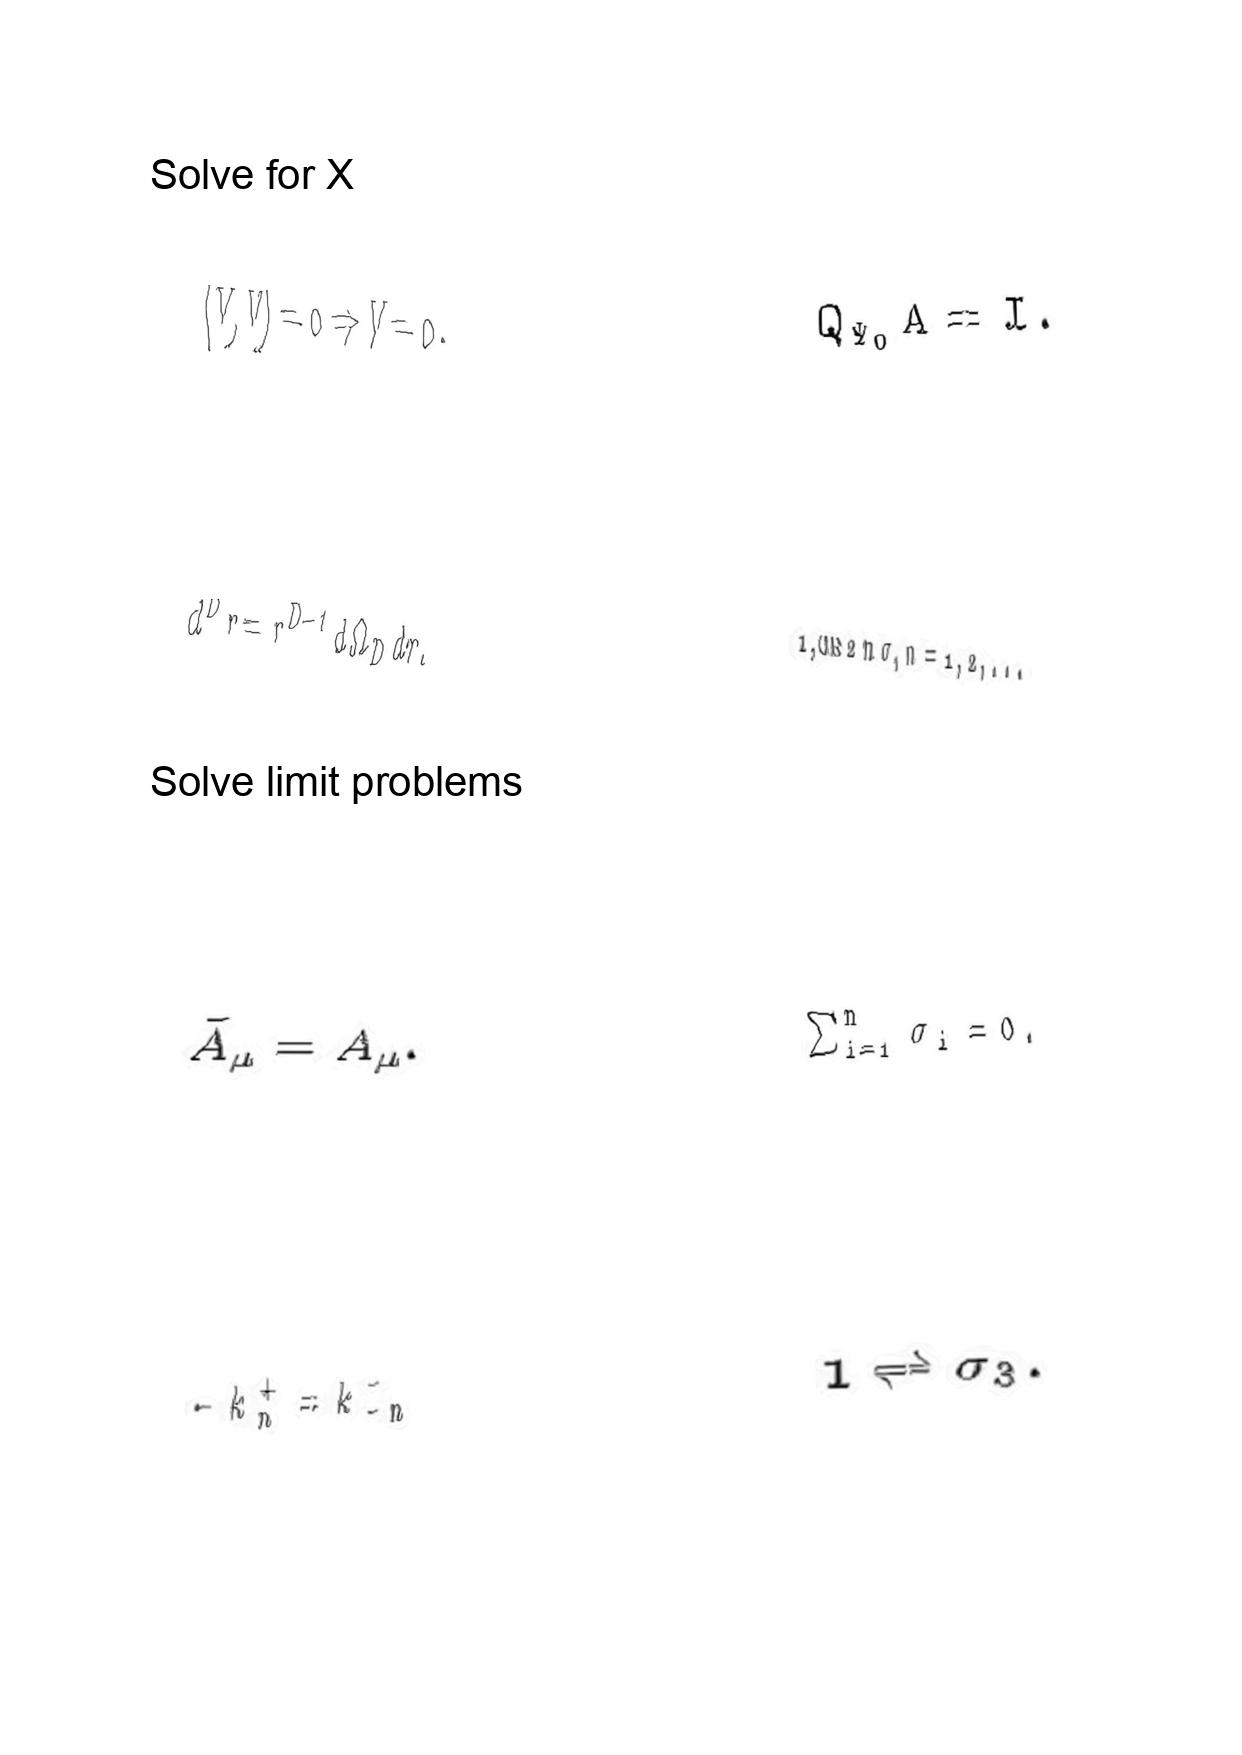
LaTeX transcription:
\langle V , V \rangle = 0 \Rightarrow V = 0 .
d ^ { D } r = r ^ { D - 1 } d \Omega _ { D } d r .
\tilde { A } _ { \mu } = A _ { \mu } .
- k _ { n } ^ { + } = k _ { - n } ^ { - }
Q _ { \Psi _ { 0 } } A = I .
1 , \cos 2 n \sigma , n = 1 , 2 , . . .
\sum _ { i = 1 } ^ { n } \sigma _ { i } = 0 .
1 \rightleftharpoons \sigma _ { 3 } .